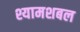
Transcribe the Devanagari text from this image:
श्यामशबल